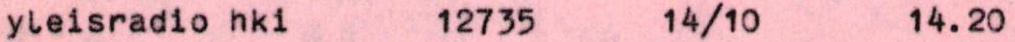
yleisradio hki 12735 14/10 14.20